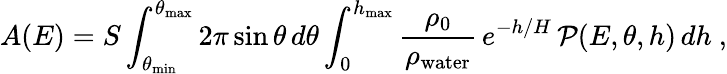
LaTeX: A(E)=S\int_{\theta_{\mathrm{min}}}^{\theta_{\mathrm{max}}}2\pi\sin\theta\, d\theta\int_{0}^{h_{\mathrm{max}}}\frac{\rho_{0}}{\rho_{\mathrm{water}}}\, e^{-h/H}\, {\cal P}(E,\theta,h)\, dh\ ,